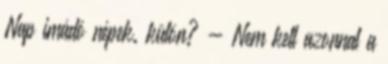
Nap imádó népek. külön? - Nem kell azonnal a